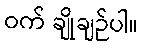
ဝက် ချိုချဉ်ပါ။